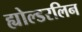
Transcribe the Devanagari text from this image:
ह्योल्डरलिन